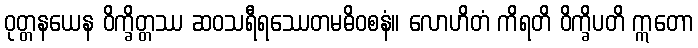
ဝုတ္တနယေန ဝိက္ခိတ္တဿ ဆဝသရီရဿေတမဓိဝစနံ။ လောဟိတံ ကိရတိ ဝိက္ခိပတိ ဣတော